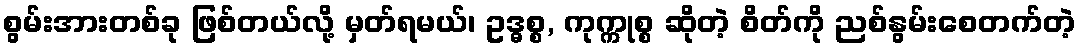
စွမ်းအားတစ်ခု ဖြစ်တယ်လို့ မှတ်ရမယ်၊ ဥဒ္ဓစ္စ, ကုက္ကုစ္စ ဆိုတဲ့ စိတ်ကို ညစ်နွမ်းစေတက်တဲ့